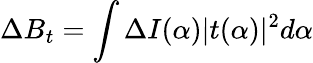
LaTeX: \Delta B_{t}=\int\Delta I(\alpha)|t(\alpha)|^{2}d\alpha